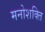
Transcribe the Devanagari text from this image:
मनोशक्ति